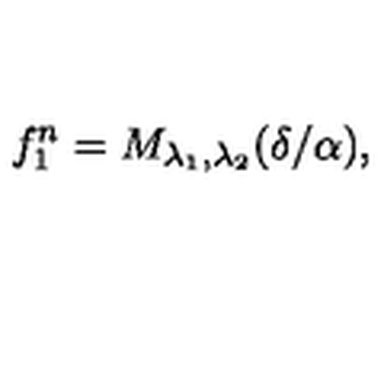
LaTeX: f _ { 1 } ^ { n } = M _ { \lambda _ { 1 } , \lambda _ { 2 } } ( \delta / \alpha ) ,